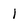
Character: l